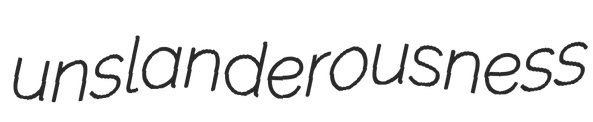
unslanderousness